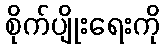
စိုက်ပျိုးရေးကို